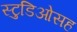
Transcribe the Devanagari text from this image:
स्टुडिओसह